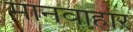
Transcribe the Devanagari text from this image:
मानवाहार